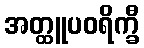
အတ္ထူပဝရိက္ခီ